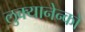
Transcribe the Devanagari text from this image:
लुक्यानेन्को